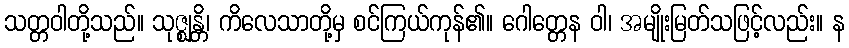
သတ္တဝါတို့သည်။ သုဇ္ဈန္တိ၊ ကိလေသာတို့မှ စင်ကြယ်ကုန်၏။ ဂေါတ္တေန ဝါ၊ အမျိုးမြတ်သဖြင့်လည်း။ န